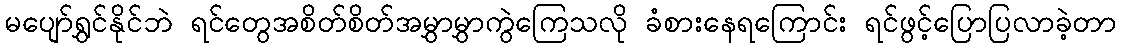
မပျော်ရွှင်နိုင်ဘဲ ရင်တွေအစိတ်စိတ်အမွှာမွှာကွဲကြေသလို ခံစားနေရကြောင်း ရင်ဖွင့်ပြောပြလာခဲ့တာ